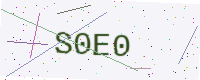
Text: S0E0